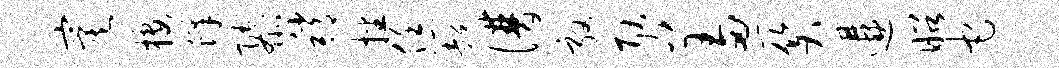
寞楼蜂隳稍播恁超谱敦耿羞关遘昭它